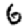
Digit: 6